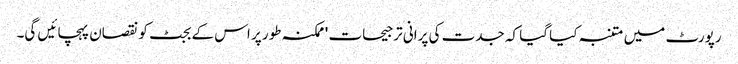
رپورٹ میں متنبہ کیا گیا کہ جدت کی پرانی ترجیحات 'ممکنہ طور پر اس کے بجٹ کو نقصان پہچائیں گی۔